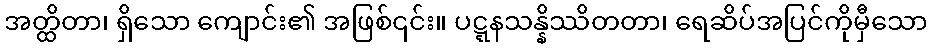
အတ္ထိတာ၊ ရှိသော ကျောင်း၏ အဖြစ်၎င်း။ ပဋ္ဋနသန္နိဿိတတာ၊ ရေဆိပ်အပြင်ကိုမှီသော